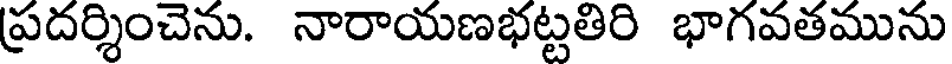
ప్రదర్శించెను. నారాయణభట్టతిరి భాగవతమును